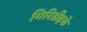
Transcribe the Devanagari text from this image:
गिरिडीहके